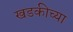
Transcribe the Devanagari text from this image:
खडकीच्या